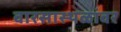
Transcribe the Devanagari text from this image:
वारसास्थळांवर